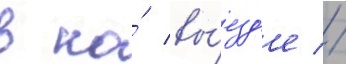
в на́ вы́езд'е //